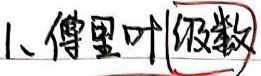
1、傅里叶级数